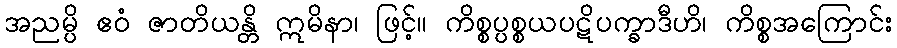
အညမ္ပိ ဧဝံ ဇာတိယန္တိ ဣမိနာ၊ ဖြင့်။ ကိစ္စပ္ပစ္စယပဋိပက္ခာဒီဟိ၊ ကိစ္စအကြောင်း